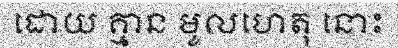
ដោយ គ្មាន មូលហេតុ នោះ